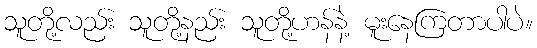
သူတို့လည်း သူတို့နည်း သူတို့ဟန်နဲ့ မူးနေကြတာပါပဲ။